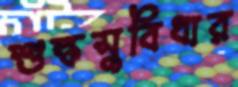
শুল্কসুবিধার